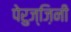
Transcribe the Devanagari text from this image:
पेरुज्ज़िनी